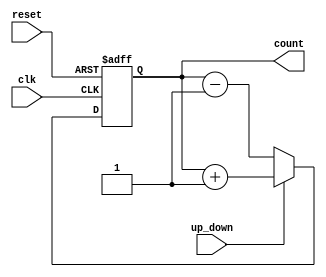
`timescale 1ns / 1ps
//20L115
//GOKUL P
module udc(input clk,reset,up_down,
output reg [7:0] count);
always @(posedge clk, negedge reset) begin
if (!reset) begin
count <= 2'b0;
end
else if (up_down) begin
count <= count + 1;
end
else begin
count <= count - 1;
end
end
endmodule